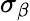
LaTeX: \sigma_{\beta}